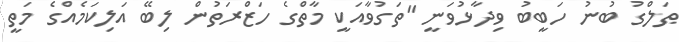
ޠަލްގު ބުނު ހަބީބު ވިދާޅުވަނީ "ތަގުވާއަކީ މާތްގެ ހަޒްރަތުން ލިބޭ އަލިކަމެއްގެ މަތީ